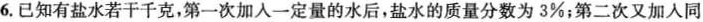
6.已知有盐水若干千克，第一次加入一定量的水后，盐水的质量分数为3\%；第二次又加入同